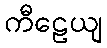
ကီဠေယျ